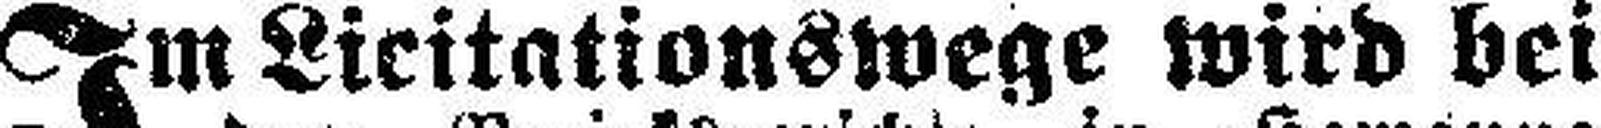
Im Licitationswege wird bei